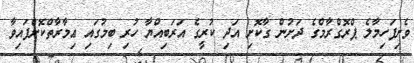
ވެށިފަހިމާލެ ޕްރޮގްރާމްގެ ދަށުން ގާކޮށި އަދި ކުރީގެ އަރަބިއްޔާ ހުރި ބިމުގައި ޢިމާރާތްކޮށްފައިވާ